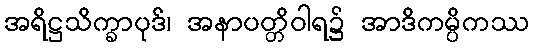
အရိဋ္ဌသိက္ခာပုဒ်၊ အနာပတ္တိဝါရ၌ အာဒိကမ္ပိကဿ